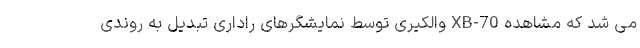
می شد که مشاهده XB-70 والکیری توسط نمایشگرهای راداری تبدیل به روندی